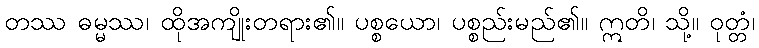
တဿ ဓမ္မဿ၊ ထိုအကျိုးတရား၏။ ပစ္စယော၊ ပစ္စည်းမည်၏။ ဣတိ၊ သို့။ ဝုတ္တံ၊